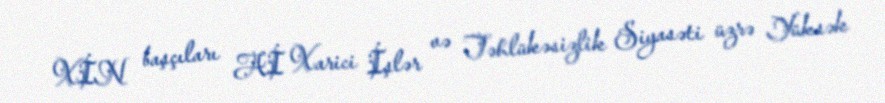
XİN başçıları Aİ Xarici İşlər və Təhlükəsizlik Siyasəti üzrə Yüksək